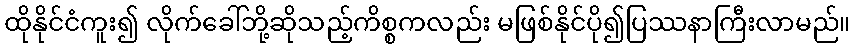
ထိုနိုင်ငံကူး၍ လိုက်ခေါ်ဘို့ဆိုသည့်ကိစ္စကလည်း မဖြစ်နိုင်ပို၍ပြဿနာကြီးလာမည်။